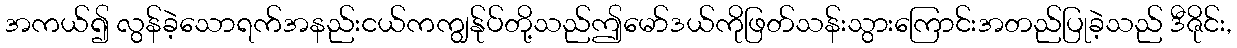
အကယ်၍ လွန်ခဲ့သောရက်အနည်းငယ်ကကျွန်ုပ်တို့သည်ဤမော်ဒယ်ကိုဖြတ်သန်းသွားကြောင်းအတည်ပြုခဲ့သည် ဒီဇိုင်း,